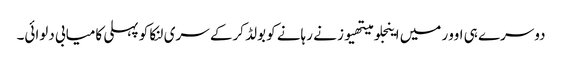
دوسرے ہی اوور میں اینجلو میتھیوز نے رہانے کو بولڈ کرکے سری لنکا کو پہلی کامیابی دلوائی۔